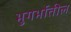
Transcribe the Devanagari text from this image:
भुगर्भातील